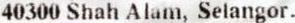
40300 SHAH ALAM, SELANGOR.